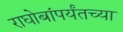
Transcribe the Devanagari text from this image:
राघोबांपर्यंतच्या